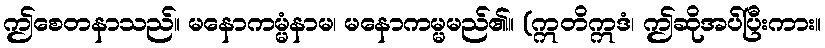
ဤစေတနာသည်။ မနောကမ္မံနာမ၊ မနောကမ္မမည်၏။ (ဣတိဣဒံ၊ ဤဆိုအပ်ပြီးကား။